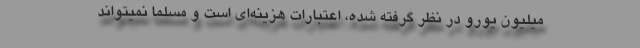
میلیون یورو در نظر گرفته شده، اعتبارات هزینه‌ای است و مسلما نمیتواند